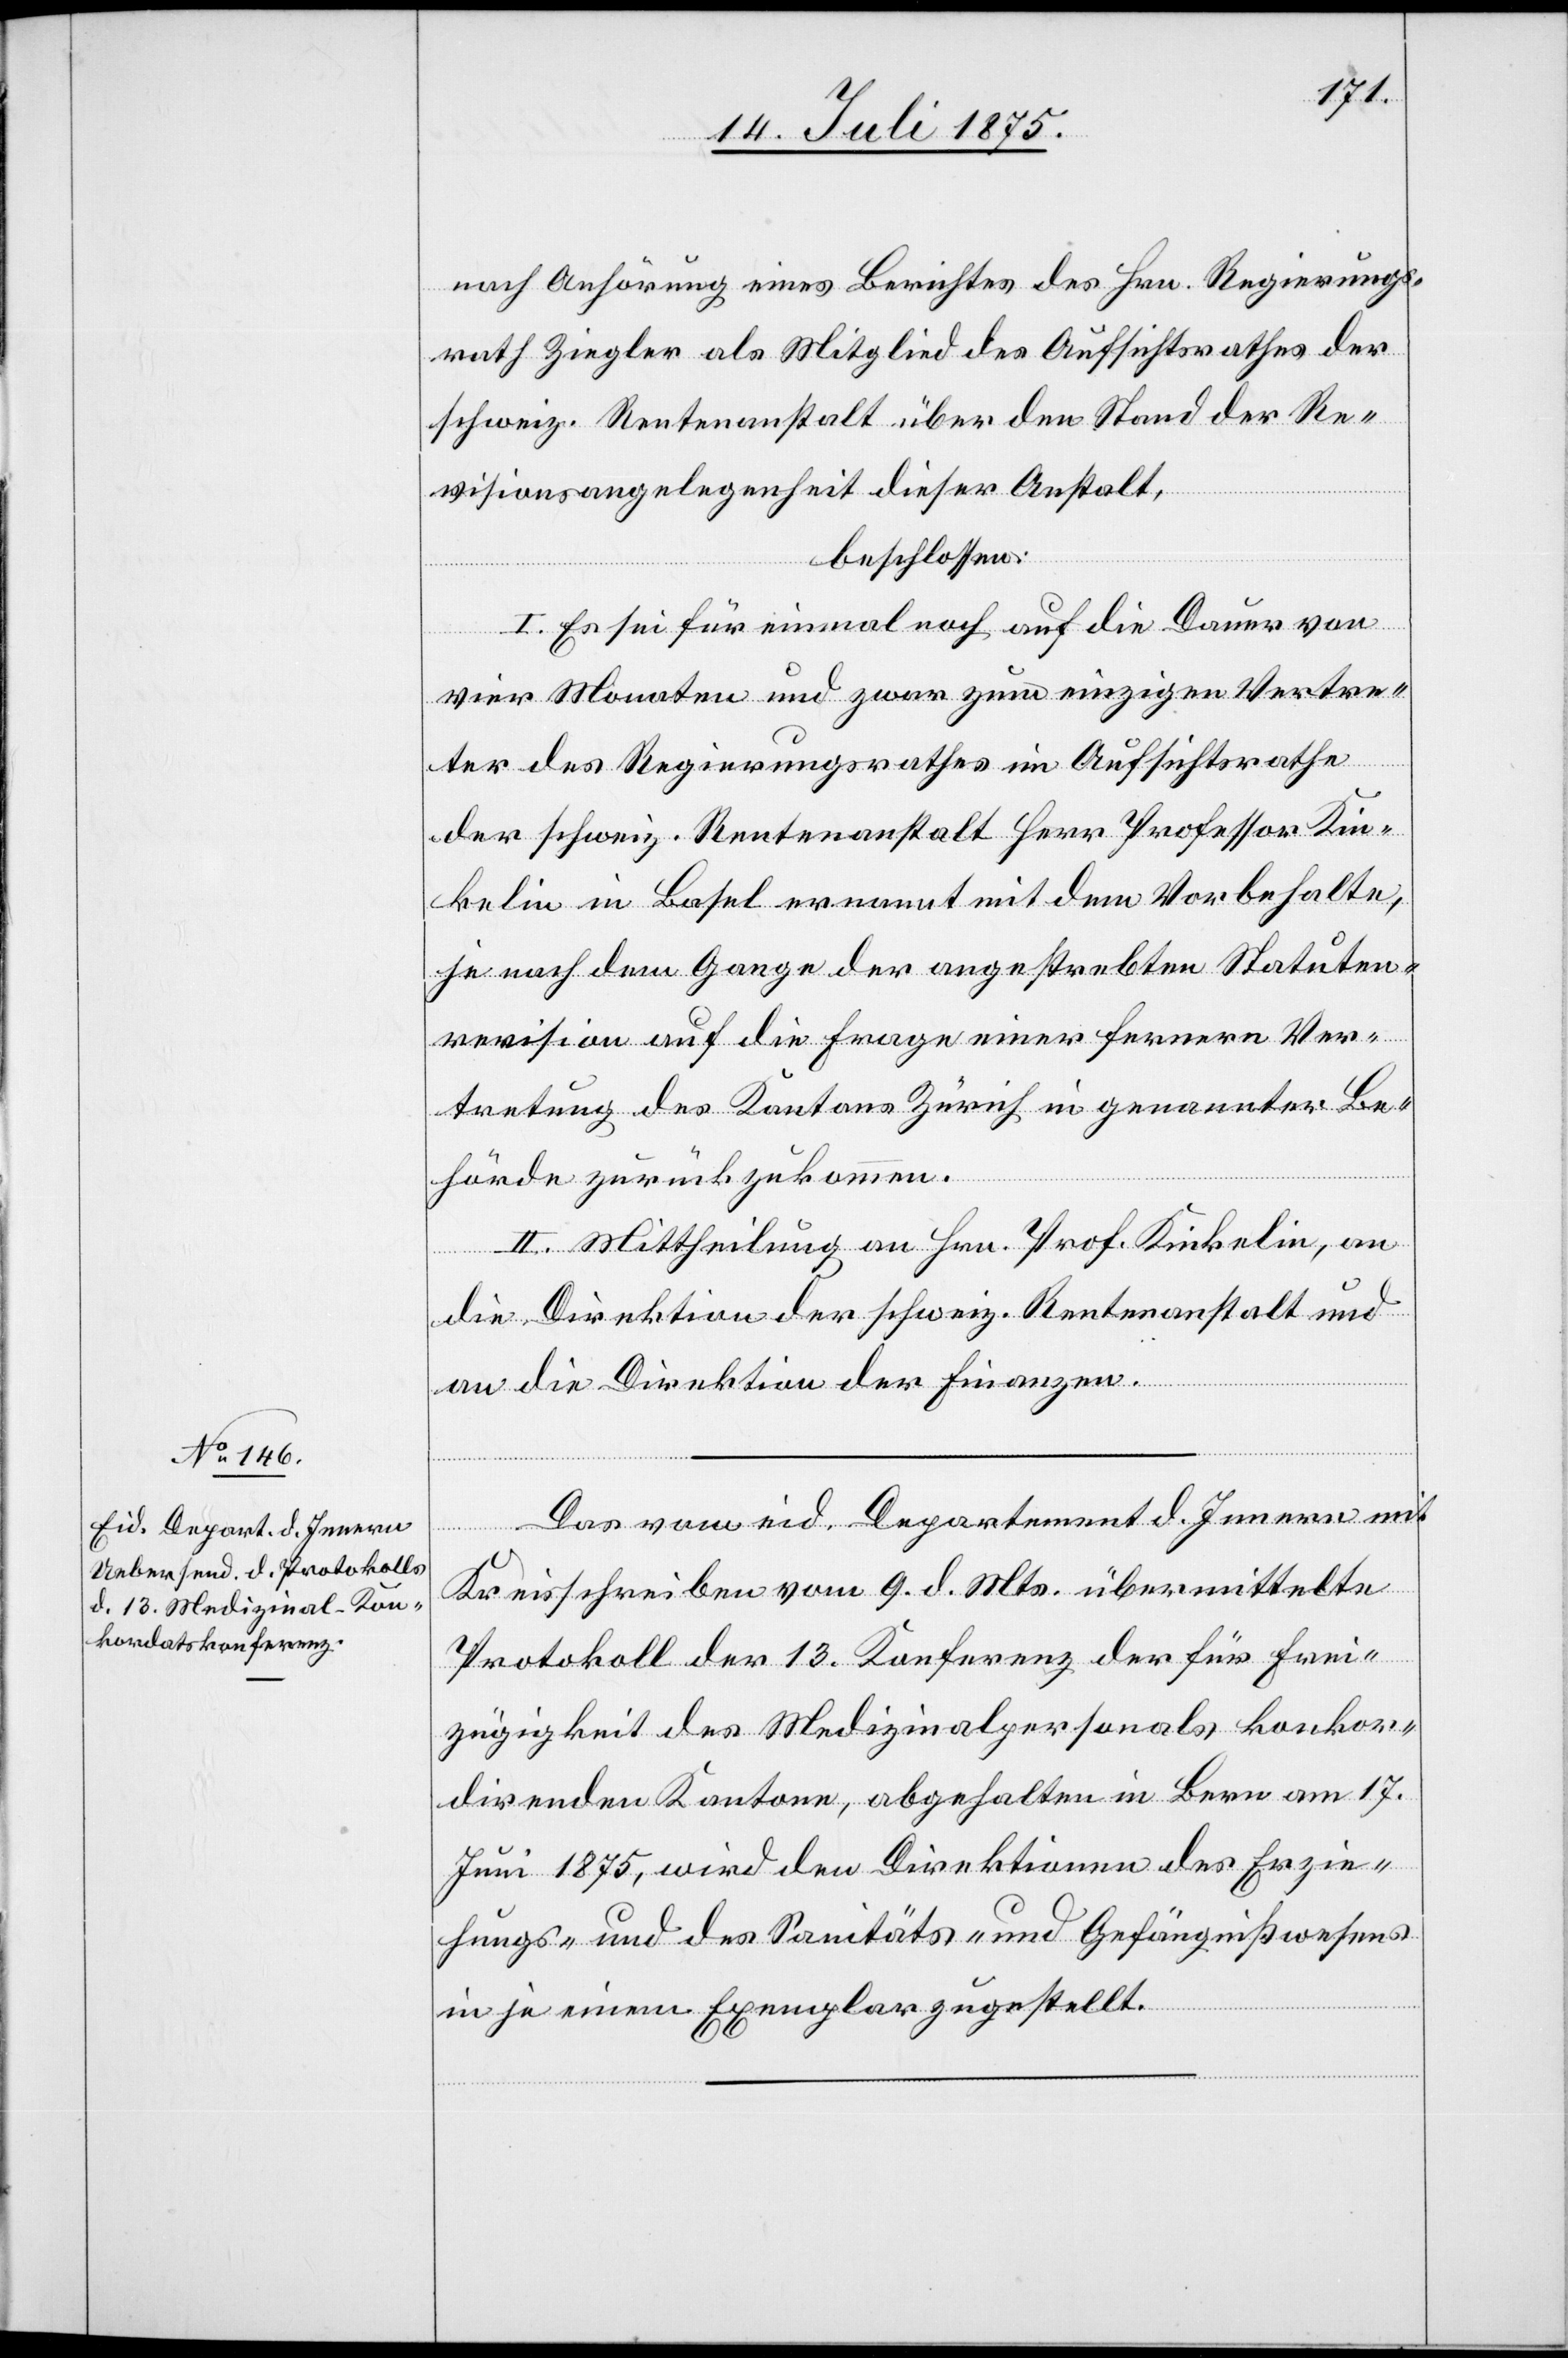
nach Anhörung eines Berichtes des Hrn. Regierungs¬
rath Ziegler als Mitglied des Aufsichtsrathes der
schweiz. Rentenanstalt über den Stand der Re¬
visionsangelegenheit dieser Anstalt,
beschlossen:
I. Es sei für einmal noch auf die Dauer von
vier Monaten und zwar zum einzigen Vertre¬
ter des Regierungsrathes im Aufsichtsrathe
der schweiz. Rentenanstalt Herr Professor Kin¬
kelin in Basel ernannt mit dem Vorbehalte,
je nach dem Gange der angestrebten Statuten¬
revision auf die Frage einer fernern Ver¬
tretung des Kantons Zürich in genannter Be¬
hörde zurückzukommen.
II. Mittheilung an Hrn. Prof. Kinkelin, an
die Direktion der schweiz. Rentenanstalt und
an die Direktion der Finanzen.
Das vom eid. Departement d. Innern mit
Kreisschreiben vom 9. d. Mts übermittelte
Protokoll der 13. Konferenz der für Frei¬
zügigkeit des Medizinalpersonals konkurr¬
irenden Kantone, abgehalten in Bern am 17.
Juni 1875, wird den Direktionen des Erzie¬
hungs- und des Sanitäts- und Gefängnißwesens
in je einem Exemplar zugestellt.